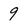
Character: 9